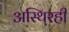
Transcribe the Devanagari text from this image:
अस्थिरही